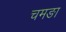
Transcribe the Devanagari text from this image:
चमङा